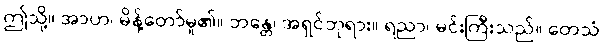
ဤသို့။ အာဟ၊ မိန့်တော်မူ၏။ ဘန္တေ၊ အရှင်ဘုရား။ ရညာ၊ မင်းကြီးသည်။ တေသံ၊